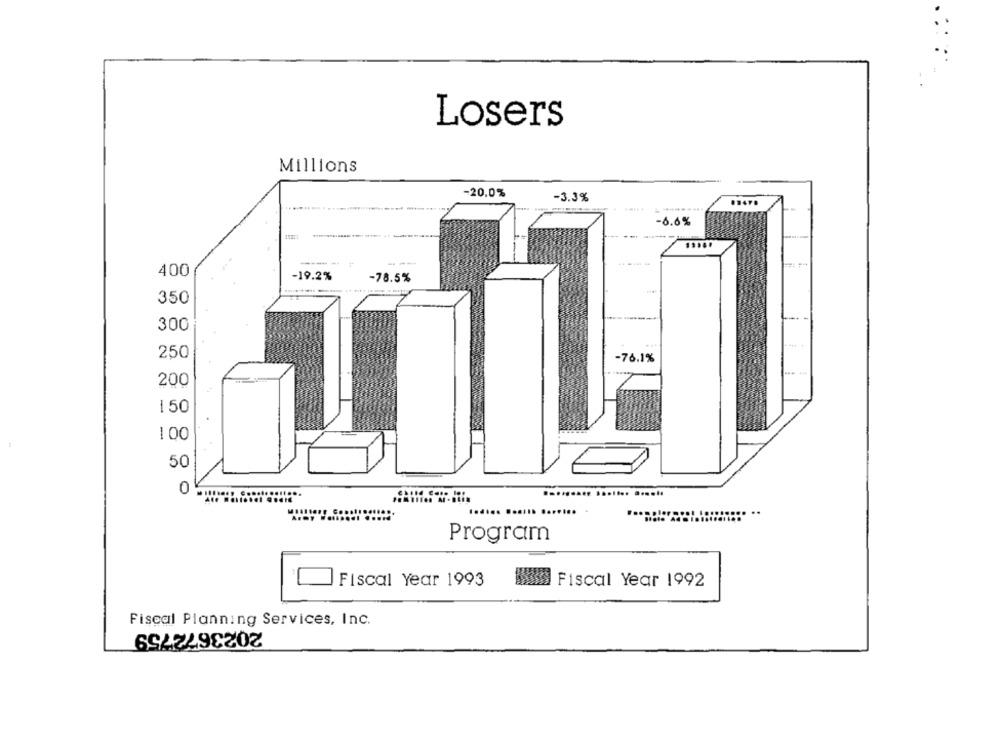
Losers
Millions
-20.0%
-3.3%
1.47.
-6.6%
400
-19.2%
-78.5%
350
300
250
-76.1%
200
150
100
50
0
......... ....... ......
..... ....... .
Program
Fiscal Year 1993
Fiscal Year 1992
Fiscal Planning Services, Inc.
2023672759